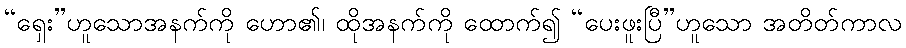
“ရှေး”ဟူသောအနက်ကို ဟော၏၊ ထိုအနက်ကို ထောက်၍ “ပေးဖူးပြီ”ဟူသော အတိတ်ကာလ